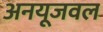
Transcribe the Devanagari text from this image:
अनयूजवल